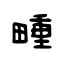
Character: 畽